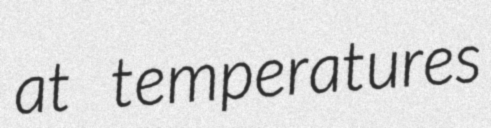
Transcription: at temperatures